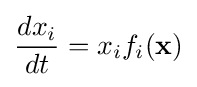
{\frac {dx_{i}}{dt}}=x_{i}f_{i}(\mathbf {x} )